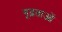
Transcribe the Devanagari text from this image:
गूढ़ताओं